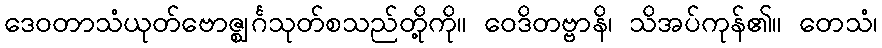
ဒေဝတာသံယုတ်ဗောဇ္ဈင်္ဂသုတ်စသည်တို့ကို။ ဝေဒိတဗ္ဗာနိ၊ သိအပ်ကုန်၏။ တေသံ၊